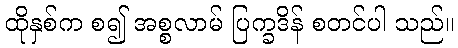
ထိုနှစ်က စ၍ အစ္စလာမ် ပြက္ခဒိန် စတင်ပါ သည်။